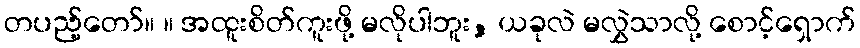
တပည့်တော်။ ။ အထူးစိတ်ကူးဖို့ မလိုပါဘူး, ယခုလဲ မလွှဲသာလို့ စောင့်ရှောက်